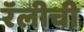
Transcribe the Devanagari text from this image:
रॅलीची